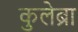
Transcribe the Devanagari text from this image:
कुलेब्रा